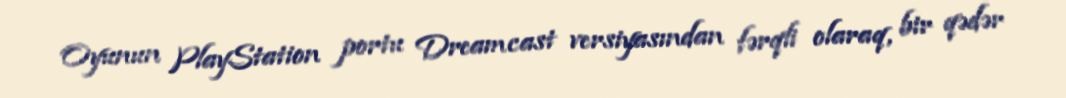
Oyunun PlayStation portu Dreamcast versiyasından fərqli olaraq, bir qədər